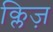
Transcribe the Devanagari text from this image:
क्लिज़